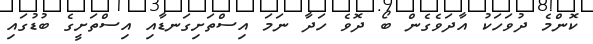
ކޮންމެ ދުވަހަކު އާދަވެގެން ބޯ ދޮވެ ހަދާ ނަމަ އިސްތަށިގަނޑާއި އިސްތަށީގެ ބުޑުގައި